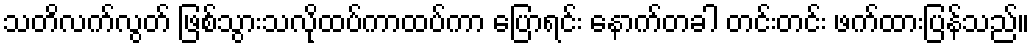
သတိလက်လွတ် ဖြစ်သွားသလိုထပ်ကာထပ်ကာ ပြောရင်း နောက်တခါ တင်းတင်း ဖက်ထားပြန်သည်။